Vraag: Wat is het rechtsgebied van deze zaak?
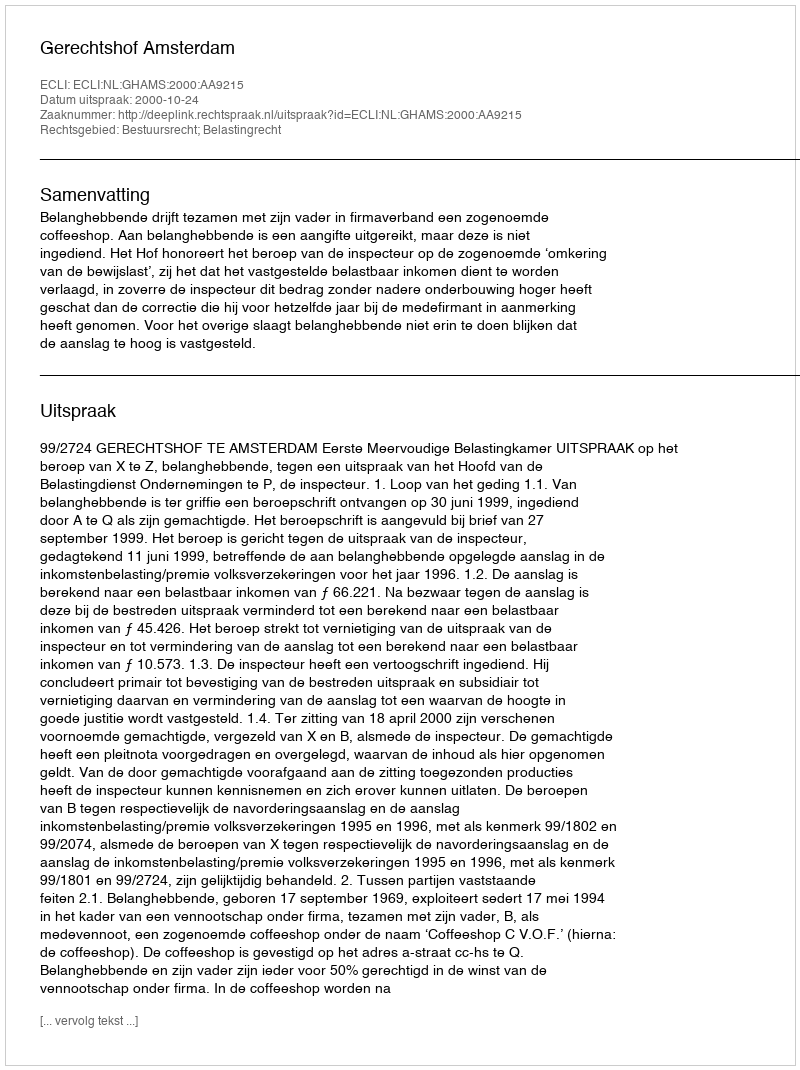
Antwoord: Bestuursrecht; Belastingrecht